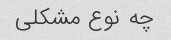
چه نوع مشکلی